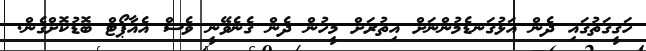
ހަގީގަތުގައި ދެން އަޅުގަނޑެމުންނަށް އިތުރަށް މީހުން ދެން ގެނެވޭނީ ވެސް އެއާޕޯޓް ބޮޑުކޮށްގެން.